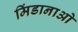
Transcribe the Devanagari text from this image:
मिंडानाओ